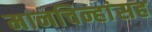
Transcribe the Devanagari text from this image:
मानचिन्हांसह